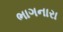
ભાગનારા